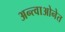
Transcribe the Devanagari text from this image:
अन्त्वाओनेत